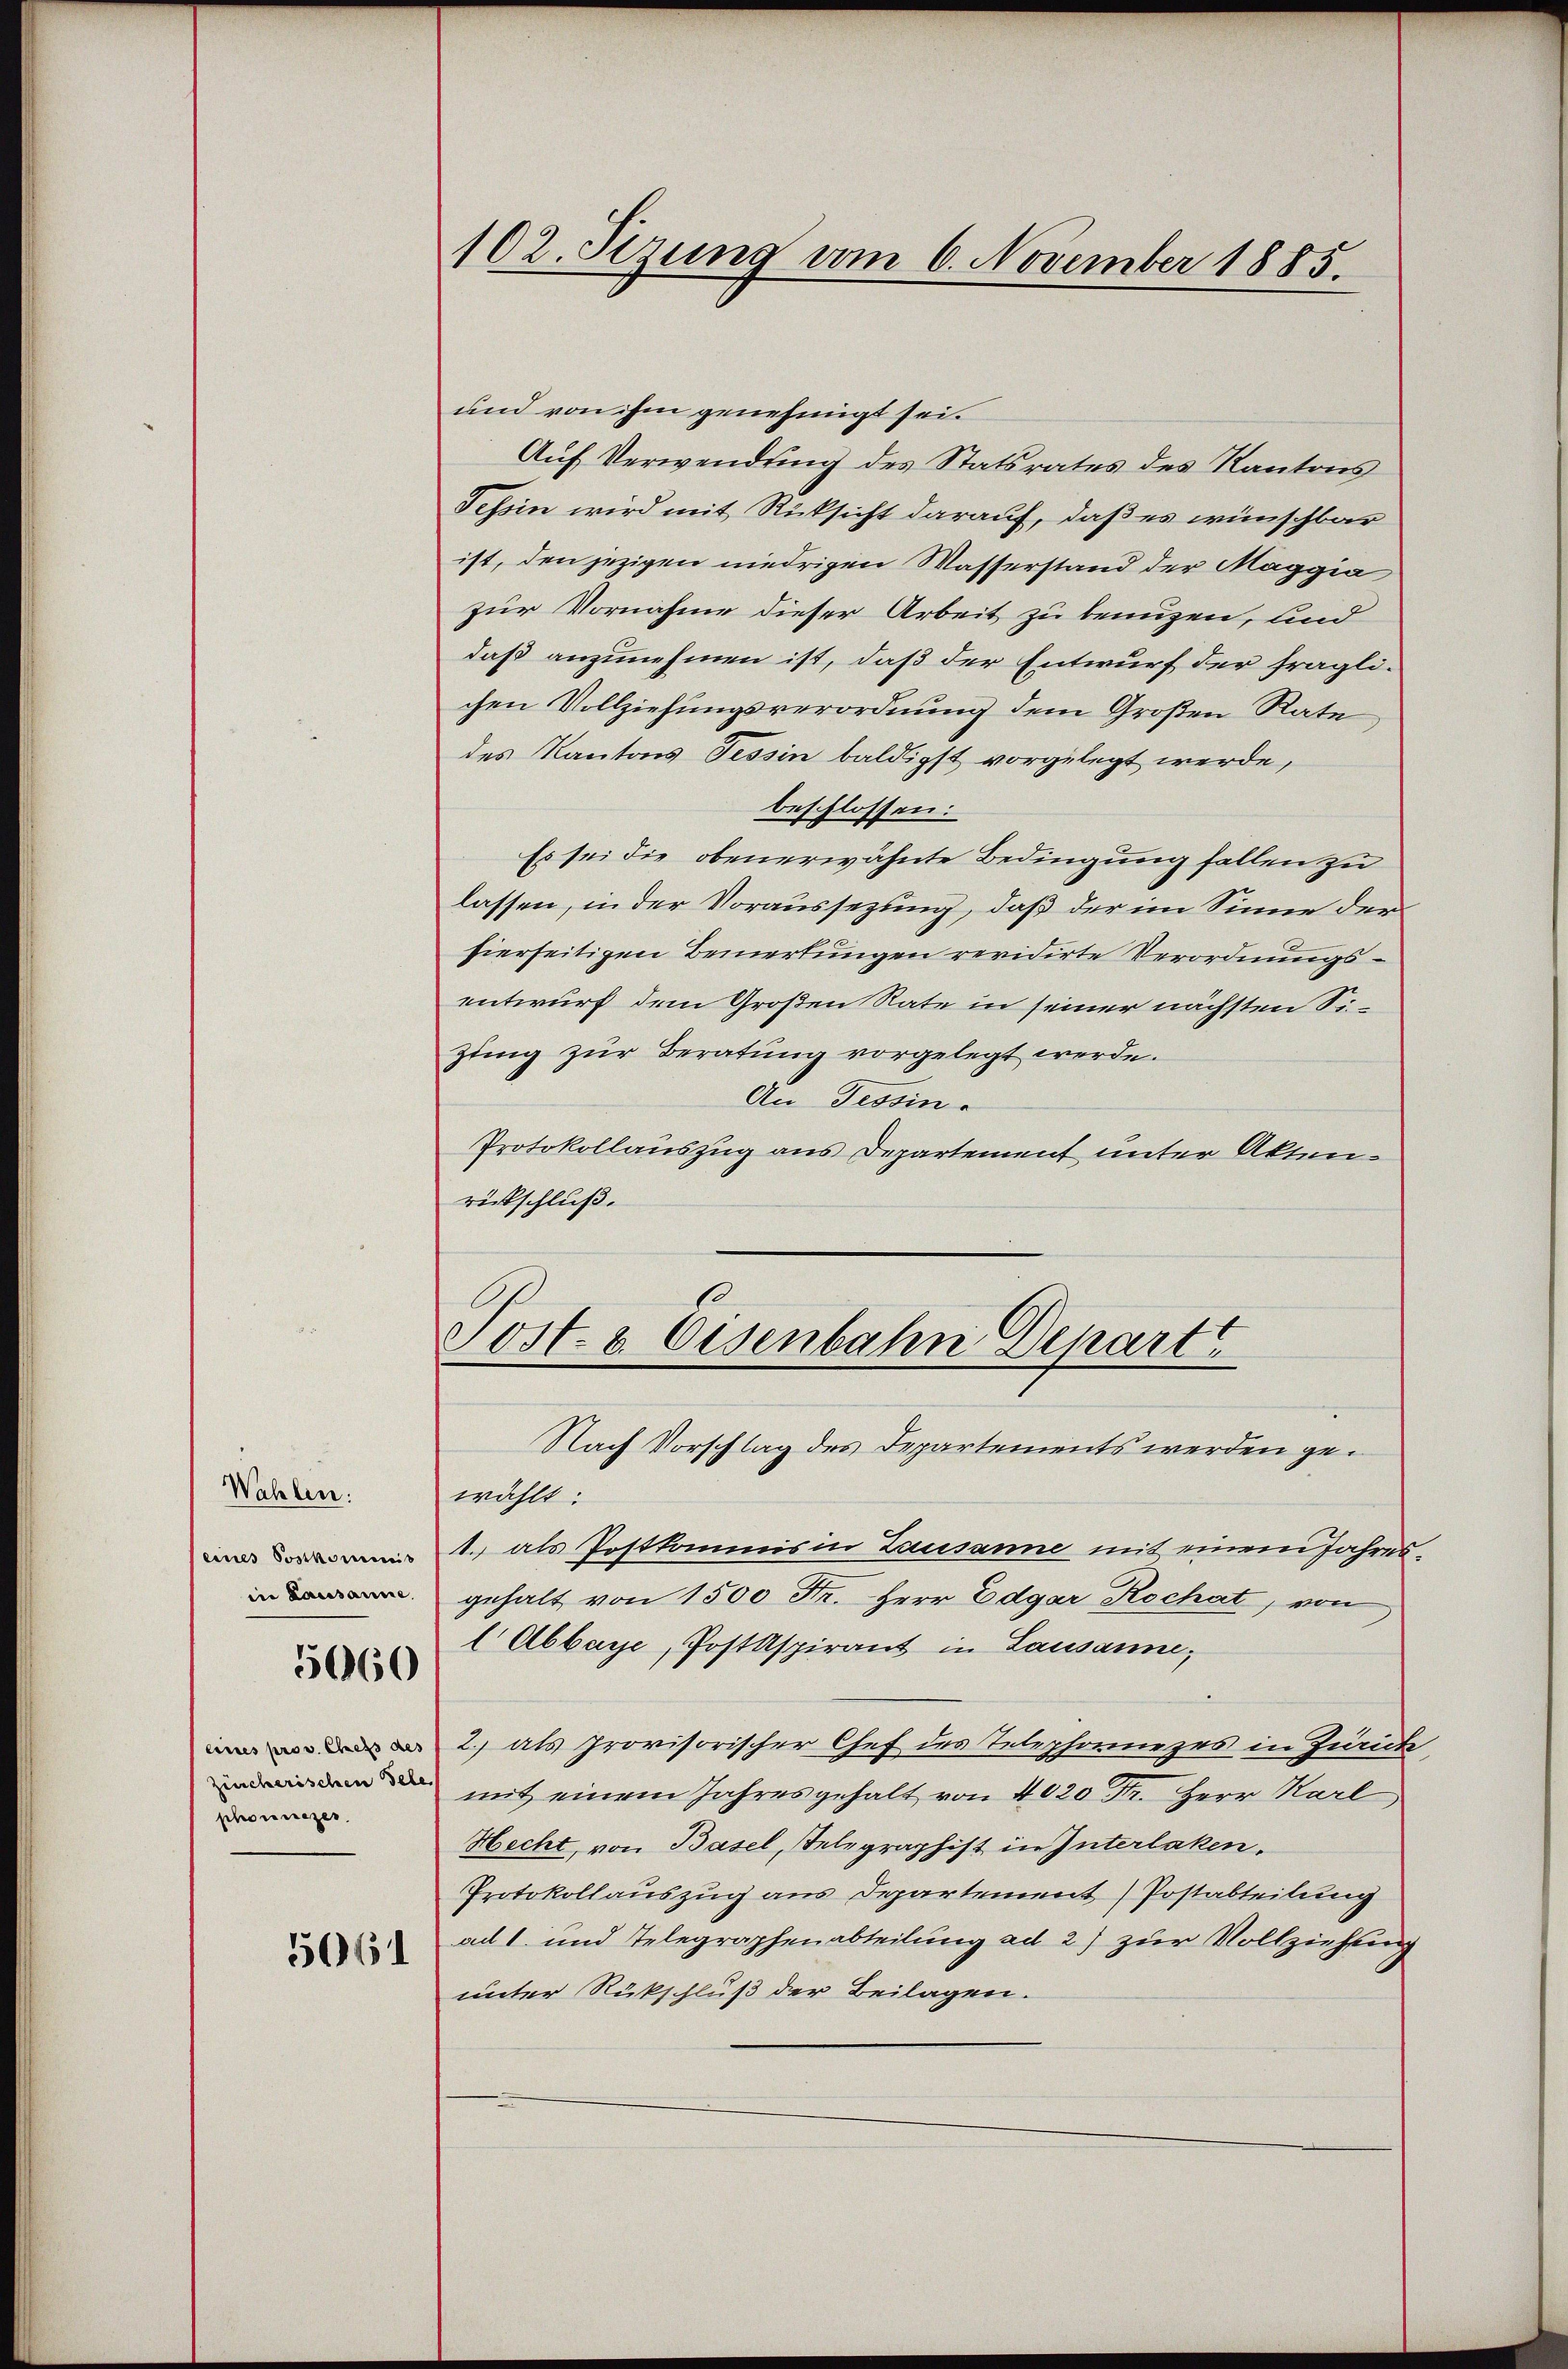
Wahlen:
(eines Sostkommnis
in Lausanne.

5060

phonnezer

5661

und von ihm genehmigt sei.
Auf Verwendung des Statsrates des Kantons
Tessin wird mit Rücksicht darauf, daß es wünschbar
ist, den jezigen niedrigen Wasserstand der Maggia
zur Vornahme dieser Arbeit zu benuzen, und
daß anzunehmen ist, daß der Entwurf der fraglichen Vollziehungsverordnung dem Großen Rate
des Kantons Tessin baldigst vorgelegt werde,
beschlossen:
Es sei die obenerwähnte Bedingung fallen zu
lassen, in der Voraussezung, daß der im Sinne der
hierseitigen Bemerkungen revidirte Verordnungsentwurf dem Großen Rate in seiner nächsten Sizung zur Beratung vorgelegt werde.
An Tessin
Protokollauszug aus Departement unter Akten.
rückschluß.

102. Sezung vom 6. November 1885.

Post- & Eisenbahn Depart

Nach Vorschlag des Departements werden gewählt:
1. als Postkommis in Lausanne mit einem Jahresgehalt von 1500 Fr. Herr Edgar Rochat, von
l Abbaye, Postspirant in Lausanne,
2) als provisorischer Chef des Telephornezes in Zürich
 mit einem Jahresgehalt von 4020 Fr. Herr Karl
Hecht, von Basel, Telegraphist in Interlaken.
Protokollauszug aus Departement Postabteilung
ad 1. und Telegraphenabteilung ad 2) zur Vollziehung
unter Rückschluß der Beilagen.